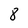
Character: 8